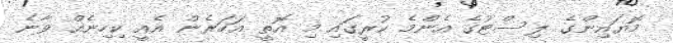
މޮޔައިންގެ ލިސްޓުގެ އެންމެ ކުރީގައި މި އޮތީ އަހަރެން އެއީ ކިހިނެއް ވާނެ